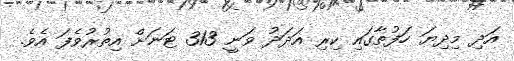
އަދި މިދިޔަ ހަފުތާގައި ކިރި އަދަދު ވަނީ 313 ޓަނަށް އިތުރުވެފަ އެވެ.